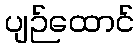
ပျဉ်ထောင်